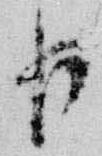
臣